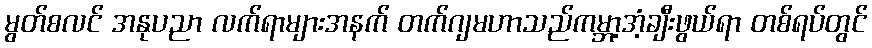
မွတ်စလင် အနုပညာ လက်ရာများအနက် တက်ဂျမဟာသည်ကမ္ဘာ့အံ့ချီးဖွယ်ရာ တစ်ရပ်တွင်